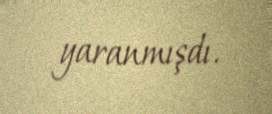
yaranmışdı.